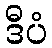
ဒီပံ